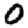
Digit: 0